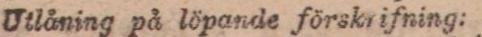
Utlåning på löpande förskr ifning: